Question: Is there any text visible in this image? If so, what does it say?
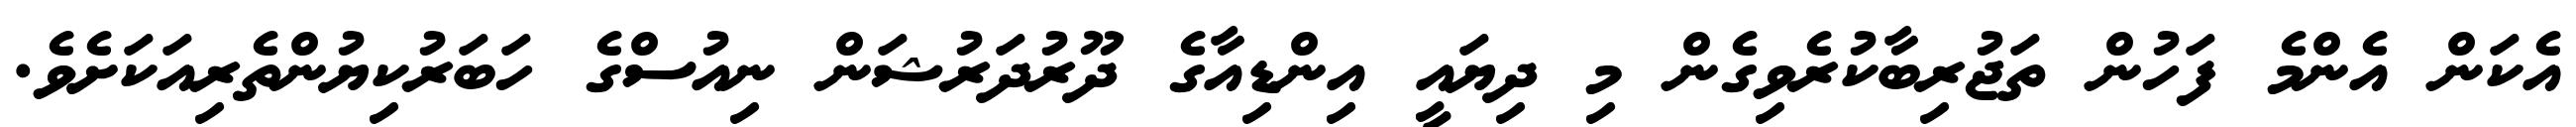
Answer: އެކަން އެންމެ ފަހުން ތަޖުރިބާކުރެވިގެން މި ދިޔައީ އިންޑިއާގެ ދޫރުދަރުޝަން ނިއުސްގެ ހަބަރުކިޔުންތެރިއަކަށެވެ.